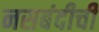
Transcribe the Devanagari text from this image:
नसबंदीची